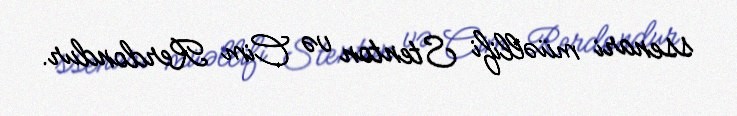
ssenari müəllifi Stenton və Cim Rerdondur.